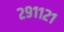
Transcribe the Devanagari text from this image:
२९११२१